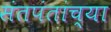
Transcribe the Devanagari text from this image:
संतपंतांच्या